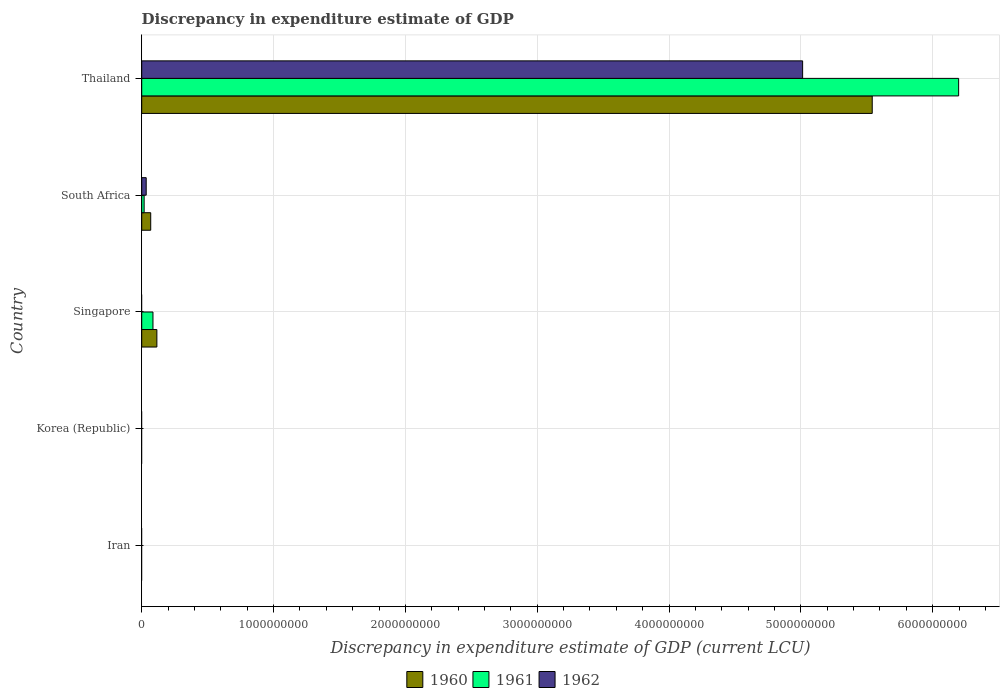
| Country | 1960 | 1961 | 1962 |
 | --- | --- | --- | --- |
 | Iran | -4.44e+10 | -4.48e+10 | -4.79e+10 |
 | Korea (Republic) | -4.22e+08 | -3.24e+08 | -4.47e+08 |
 | Singapore | 1.15e+08 | 8.53e+07 | -4.22e+07 |
 | South Africa | 6.83e+07 | 1.84e+07 | 3.4e+07 |
 | Thailand | 5.54e+09 | 6.2e+09 | 5.01e+09 |